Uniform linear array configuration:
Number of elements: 4
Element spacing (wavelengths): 0.75
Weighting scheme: binomial
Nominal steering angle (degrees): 15
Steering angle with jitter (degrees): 13.82
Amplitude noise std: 0.05
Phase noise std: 0.05

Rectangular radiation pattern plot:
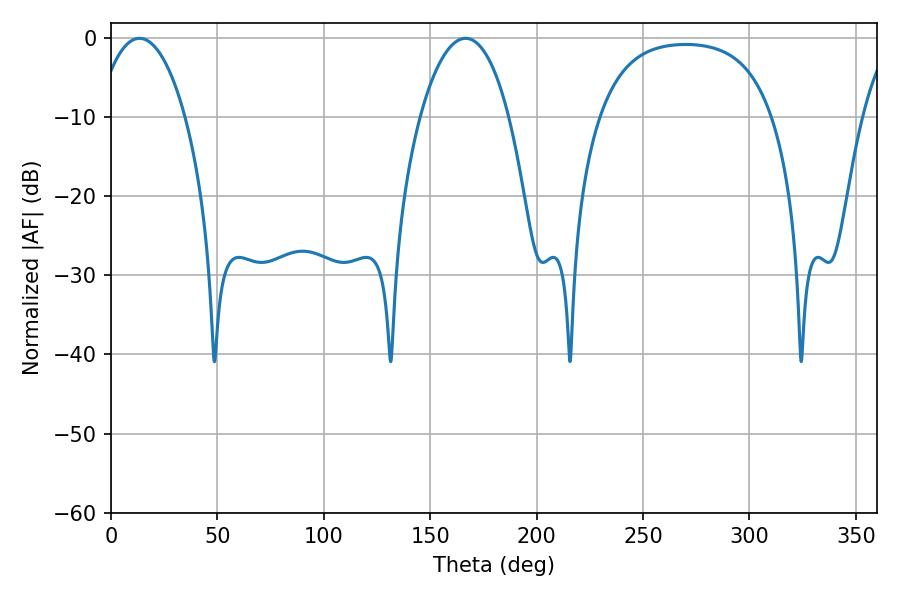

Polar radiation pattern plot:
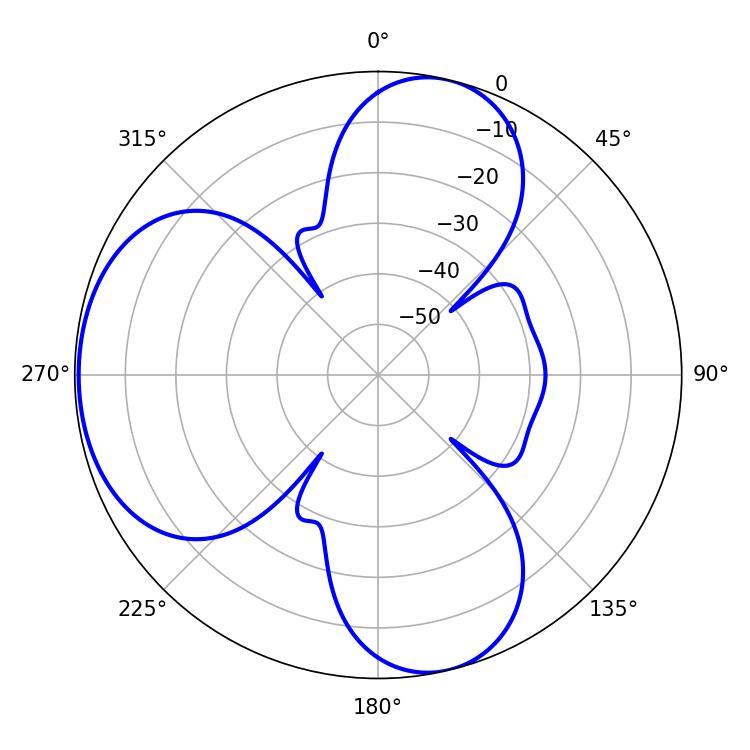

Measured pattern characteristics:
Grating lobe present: TRUE
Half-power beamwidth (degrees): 23.22
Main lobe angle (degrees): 13.32